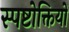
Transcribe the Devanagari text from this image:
स्पष्टोक्तियों